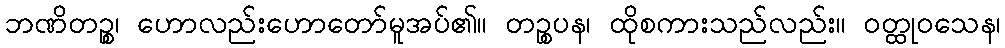
ဘဏိတဉ္စ၊ ဟောလည်းဟောတော်မူအပ်၏။ တဉ္စပန၊ ထိုစကားသည်လည်း။ ဝတ္ထုဝသေန၊